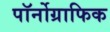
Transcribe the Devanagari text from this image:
पॉर्नोग्राफिक